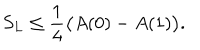
LaTeX: S _ { L } \leq \frac { 1 } { 4 } \bigl ( A ( 0 ) - A ( 1 ) \bigr ) .